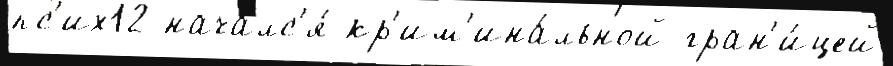
пс'их12 началс'я́ кр'им'ина́льной гран'и́цей